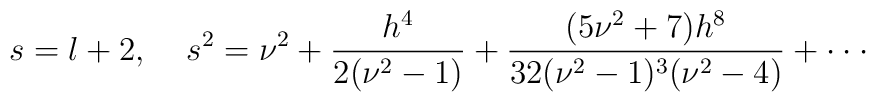
s=l+2,\;\;\;\;s^2 = \nu^2+\frac{h^4}{2(\nu^2-1)}+\frac{(5\nu^2+7)h^8}{32(\nu^2-1)^3(\nu^2-4)}+\cdot\cdot\cdot